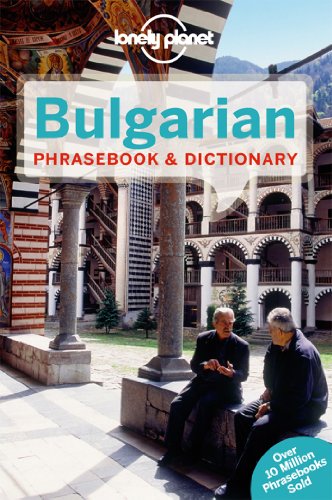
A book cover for Lonely Planet Bulgarian Phrasebook & Dictionary (Lonely Planet Phrasebooks); Lonely Planet; Travel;